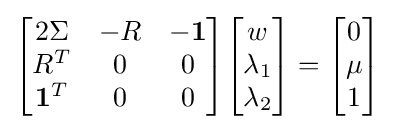
{\begin{bmatrix}2\Sigma &-R&-{\bf {1}}\\R^{T}&0&0\\{\bf {1}}^{T}&0&0\end{bmatrix}}{\begin{bmatrix}w\\\lambda _{1}\\\lambda _{2}\end{bmatrix}}={\begin{bmatrix}0\\\mu \\1\end{bmatrix}}